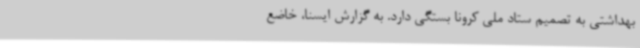
بهداشتی به تصمیم ستاد ملی کرونا بستگی دارد. به گزارش ایسنا، خاضع